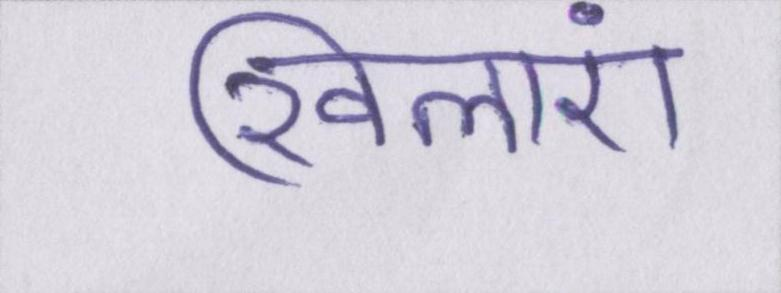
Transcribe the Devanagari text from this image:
खिलाएं